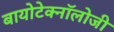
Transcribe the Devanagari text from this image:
बायोटेक्नॉलोजी